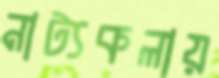
নাট্যকলায়